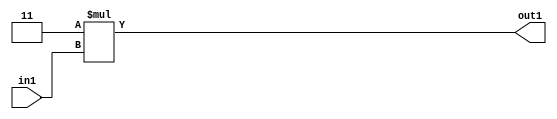
`timescale 1ps / 1ps
/*****************************************************************************
    Verilog RTL Description
    
    
    Created by: Stratus DpOpt 2019.1.01 
*******************************************************************************/

module GaussFilter_Mul2i3u2_1 (
	in1,
	out1
	); /* architecture "behavioural" */ 
input [1:0] in1;
output [3:0] out1;
wire [3:0] asc001;

assign asc001 = 
	+(4'B0011 * in1);

assign out1 = asc001;
endmodule

/* CADENCE  urb1TA0= : u9/ySgnWtBlWxVPRXgAZ4Og= ** DO NOT EDIT THIS LINE ******/